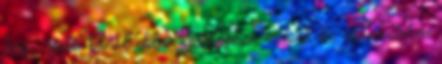
hogy egyes bûnök ebben a világban, mások az eljövendõben